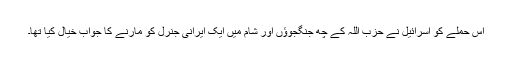
اس حملے کو اسرائیل نے حزب اللہ کے چھ جنگجوؤں اور شام میں ایک ایرانی جنرل کو مارنے کا جواب خیال کیا تھا۔